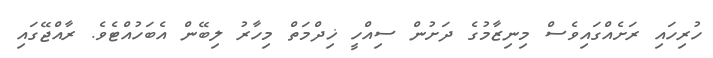
ހުރިހައި ރަށެއްގައިވެސް މިނިޒާމުގެ ދަށުން ސިއްހީ ޚިދްމަތް މިހާރު ލިބޭން އެބަހުއްޓެވެ. ރާއްޖޭގައި